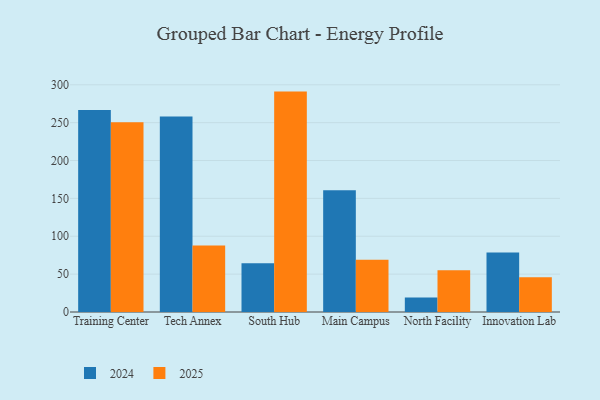
{"axis": {"x": "Campus", "y": "Bounce Rate (%)"}, "legend": ["2024", "2025"], "data": [{"x": "Training Center", "y": 266.6, "type": "2024"}, {"x": "Training Center", "y": 250.6, "type": "2025"}, {"x": "Tech Annex", "y": 258.1, "type": "2024"}, {"x": "Tech Annex", "y": 87.8, "type": "2025"}, {"x": "South Hub", "y": 64.5, "type": "2024"}, {"x": "South Hub", "y": 291.0, "type": "2025"}, {"x": "Main Campus", "y": 160.8, "type": "2024"}, {"x": "Main Campus", "y": 69.0, "type": "2025"}, {"x": "North Facility", "y": 19.0, "type": "2024"}, {"x": "North Facility", "y": 55.1, "type": "2025"}, {"x": "Innovation Lab", "y": 78.4, "type": "2024"}, {"x": "Innovation Lab", "y": 46.0, "type": "2025"}]}